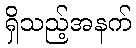
ရှိသည့်အနက်